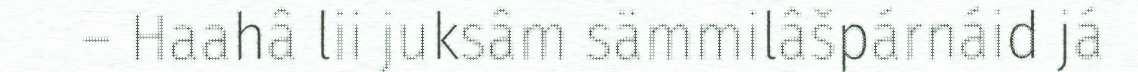
– Haahâ lii juksâm sämmilâšpárnáid já